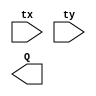
`timescale 1ns / 1ps
//////////////////////////////////////////////////////////////////////////////////
// Company: 
// Engineer: 
// 
// Design Name: 
// Module Name: compare_3
// Project Name: 
// Target Devices: 
// Tool Versions: 
// Description: 
// 
// Dependencies: 
// 
// Revision:
// Revision 0.01 - File Created
// Additional Comments:
// 
//////////////////////////////////////////////////////////////////////////////////


module compare_3(
    input [2:0]tx,
    input [2:0]ty,
    output Q
    );
endmodule